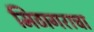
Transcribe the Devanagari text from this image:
मिठागराचा